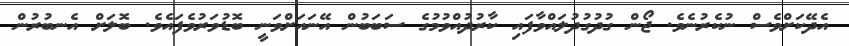
އެދޭކަށްވެސް ނުކެރުނެވެ. ޖޯން ގުދުގުދުލައްވާފައި ކާރުދުއްވުމުގެ ސަބަބުން އޭނައަށްވަނީ ބޮޑުވަރުވެފައެވެ. ބޮލަށް އެނބުރުން